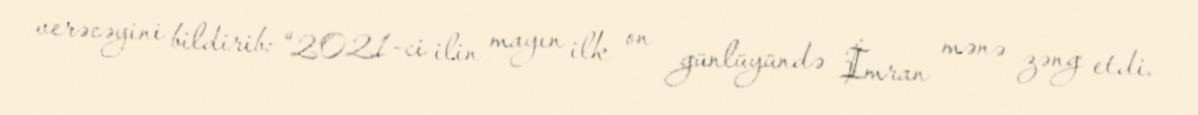
verəcəyini bildirib: “2021-ci ilin mayın ilk on günlüyündə İmran mənə zəng etdi.